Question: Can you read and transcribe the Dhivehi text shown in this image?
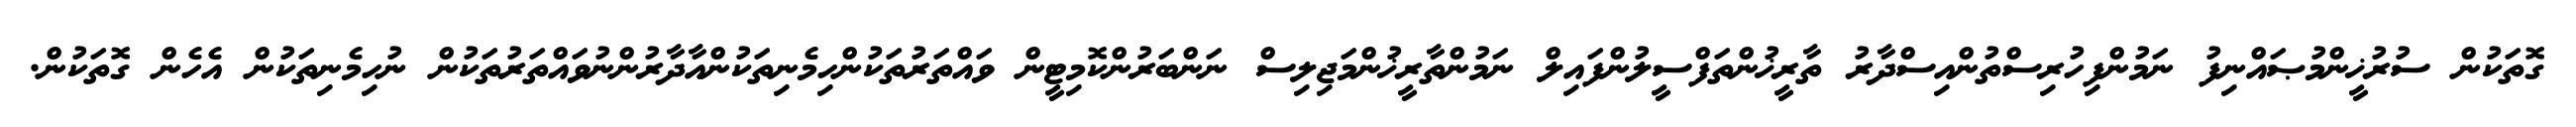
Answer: ގޮތަކުން ސުރުޚީންމުޞައްނިފު ނަމުންފިހުރިސްތުންއިސްދާރު ތާރީޚުންތަފްސީލުންފައިލް ނަމުންތާރީޚުންމަޖިލިސް ނަންބަރުންކޮމިޓީން ވައްތަރުތަކުންހިމެނިތަކުންއާދާރުންނުވައްތަރުތަކުން ނުހިމެނިތަކުން އެހެން ގޮތަކުން.